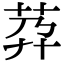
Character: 𦮘